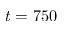
t = 7 5 0